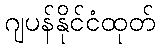
ဂျပန်နိုင်ငံထုတ်